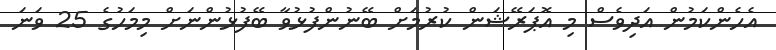
އެހެންކަމުން އަދިވެސް މި އޮޕަރޭޝަން ކުރުމަށް ބޭނުންފުޅުވާ ބޭފުޅުންނަށް މިމަހުގެ 25 ވަނަ